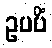
ဥပပိံ